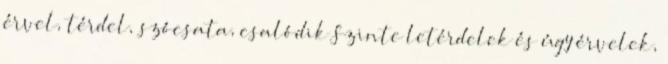
érvel, térdel, szócsata, csalódik Szinte letérdelek és úgy érvelek,